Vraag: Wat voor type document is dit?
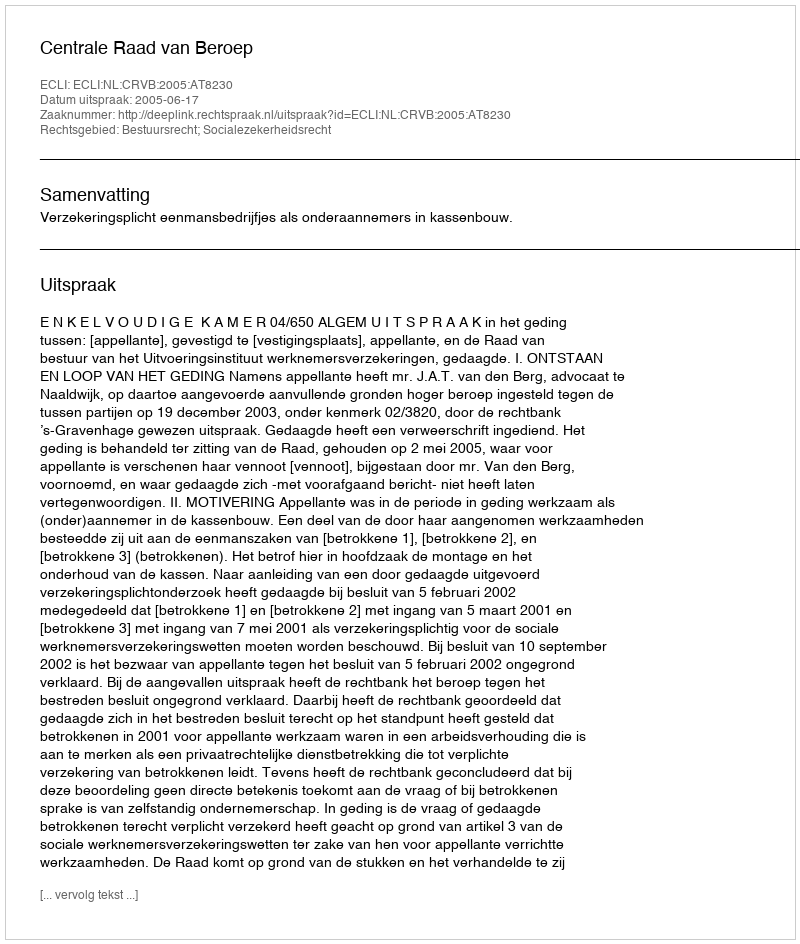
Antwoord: Uitspraak